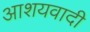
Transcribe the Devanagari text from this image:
आशयवादी